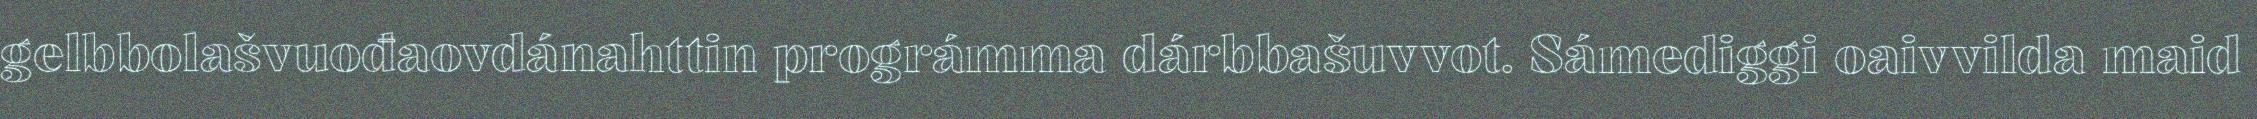
gelbbolašvuođaovdánahttin prográmma dárbbašuvvot. Sámediggi oaivvilda maid